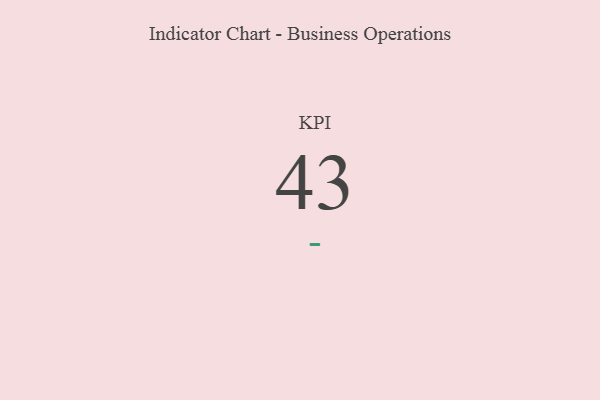
{"axis": {"x": "KPI", "y": "Value"}, "legend": [""], "data": [{"x": "KPI", "y": 43, "type": ""}]}